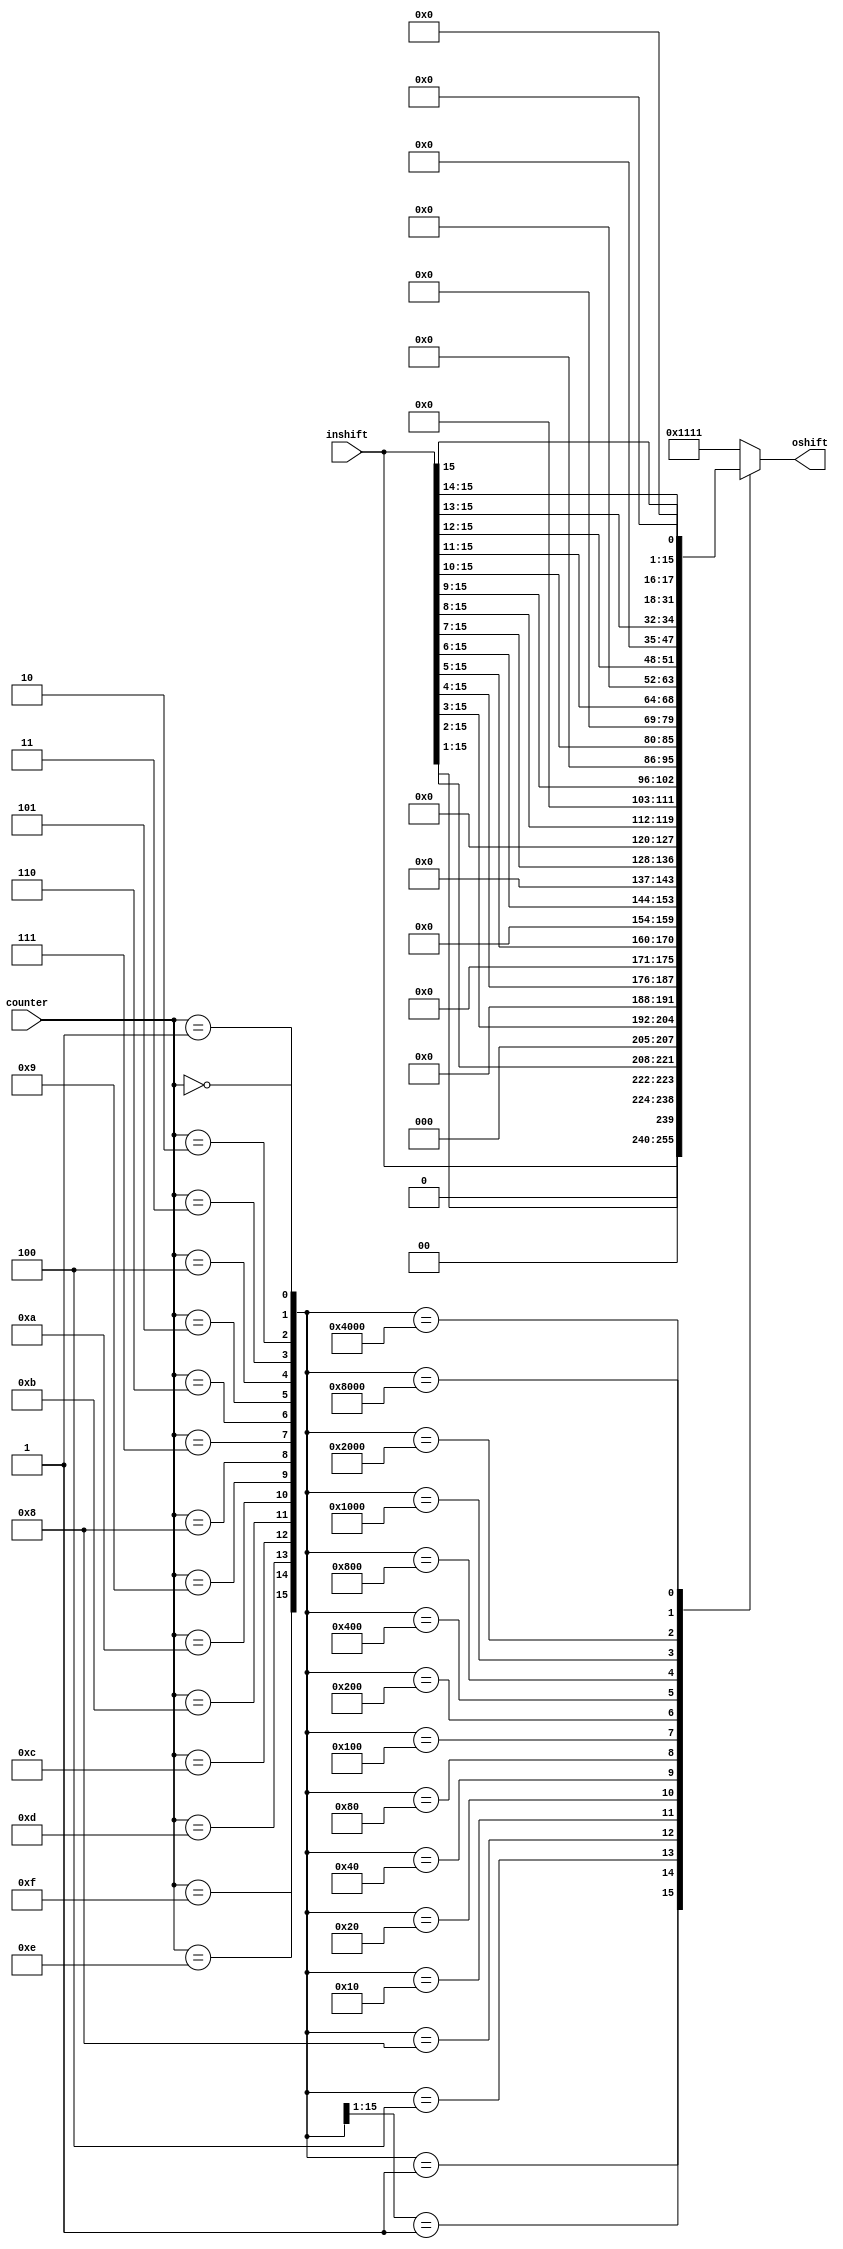
/* Generated by Yosys 0.33+6 (git sha1 41b34a193, clang 11.0.1-2 -fPIC -Os) */

module shift (inshift, counter, oshift);
  wire _00_;
  wire _01_;
  wire _02_;
  wire _03_;
  wire _04_;
  wire _05_;
  wire _06_;
  wire _07_;
  wire [15:0] _08_;
  wire _09_;
  wire _10_;
  wire _11_;
  wire _12_;
  wire _13_;
  wire _14_;
  wire _15_;
  wire _16_;
  input [3:0] counter;
  wire [3:0] counter;
  input [15:0] inshift;
  wire [15:0] inshift;
  wire [15:0] inshift_s;
  output [15:0] oshift;
  wire [15:0] oshift;
  wire [15:0] oshift_s;
  assign _10_ = counter == 4'h2;
  assign _11_ = counter == 4'h3;
  assign _12_ = counter == 4'h4;
  assign _13_ = counter == 4'h5;
  assign _14_ = counter == 4'h6;
  assign _15_ = counter == 4'h7;
  assign _00_ = counter == 4'h0;
  assign _16_ = counter == 4'h8;
  assign _01_ = counter == 4'h9;
  assign _02_ = counter == 4'ha;
  assign _03_ = counter == 4'hb;
  assign _04_ = counter == 4'hc;
  assign _05_ = counter == 4'hd;
  assign _06_ = counter == 4'he;
  assign _07_ = counter == 4'hf;
  function [15:0] \82 ;
    input [15:0] a;
    input [255:0] b;
    input [15:0] s;
    (* parallel_case *)
    casez (s)
    //???????????????
      16'b1:
        \82  = b[15:0];
      16'b1?:
        \82  = b[31:16];
      16'b100:
        \82  = b[47:32];
      16'b0000000000001000:
        \82  = b[63:48];
      16'b0000000000010000:
        \82  = b[79:64];
      16'b0000000000100000:
        \82  = b[95:80];
      16'b0000000001000000:
        \82  = b[111:96];
      16'b0000000010000000:
        \82  = b[127:112];
      16'b0000000100000000:
        \82  = b[143:128];
      16'b0000001000000000:
        \82  = b[159:144];
      16'b0000010000000000:
        \82  = b[175:160];
      16'b0000100000000000:
        \82  = b[191:176];
      16'b0001000000000000:
        \82  = b[207:192];
      16'b0010000000000000:
        \82  = b[223:208];
      16'b0100000000000000:
        \82  = b[239:224];
      16'b1000000000000000:
        \82  = b[255:240];
      default:
        \82  = a;
    endcase
  endfunction
  assign _08_ = \82 (16'h1111, { 15'h0000, inshift_s[15], 14'h0000, inshift_s[15:14], 13'h0000, inshift_s[15:13], 12'h000, inshift_s[15:12], 11'h000, inshift_s[15:11], 10'h000, inshift_s[15:10], 9'h000, inshift_s[15:9], 8'h00, inshift_s[15:8], 7'h00, inshift_s[15:7], 6'h00, inshift_s[15:6], 5'h00, inshift_s[15:5], 4'h0, inshift_s[15:4], 3'h0, inshift_s[15:3], 2'h0, inshift_s[15:2], 1'h0, inshift_s[15:1], inshift_s }, { _07_, _06_, _05_, _04_, _03_, _02_, _01_, _16_, _15_, _14_, _13_, _12_, _11_, _10_, _09_, _00_ });
  assign _09_ = counter == 4'h1;
  assign inshift_s = inshift;
  assign oshift_s = _08_;
  assign oshift = oshift_s;
endmodule